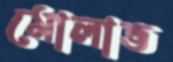
মোলাভ